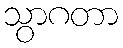
သွာဂတာ